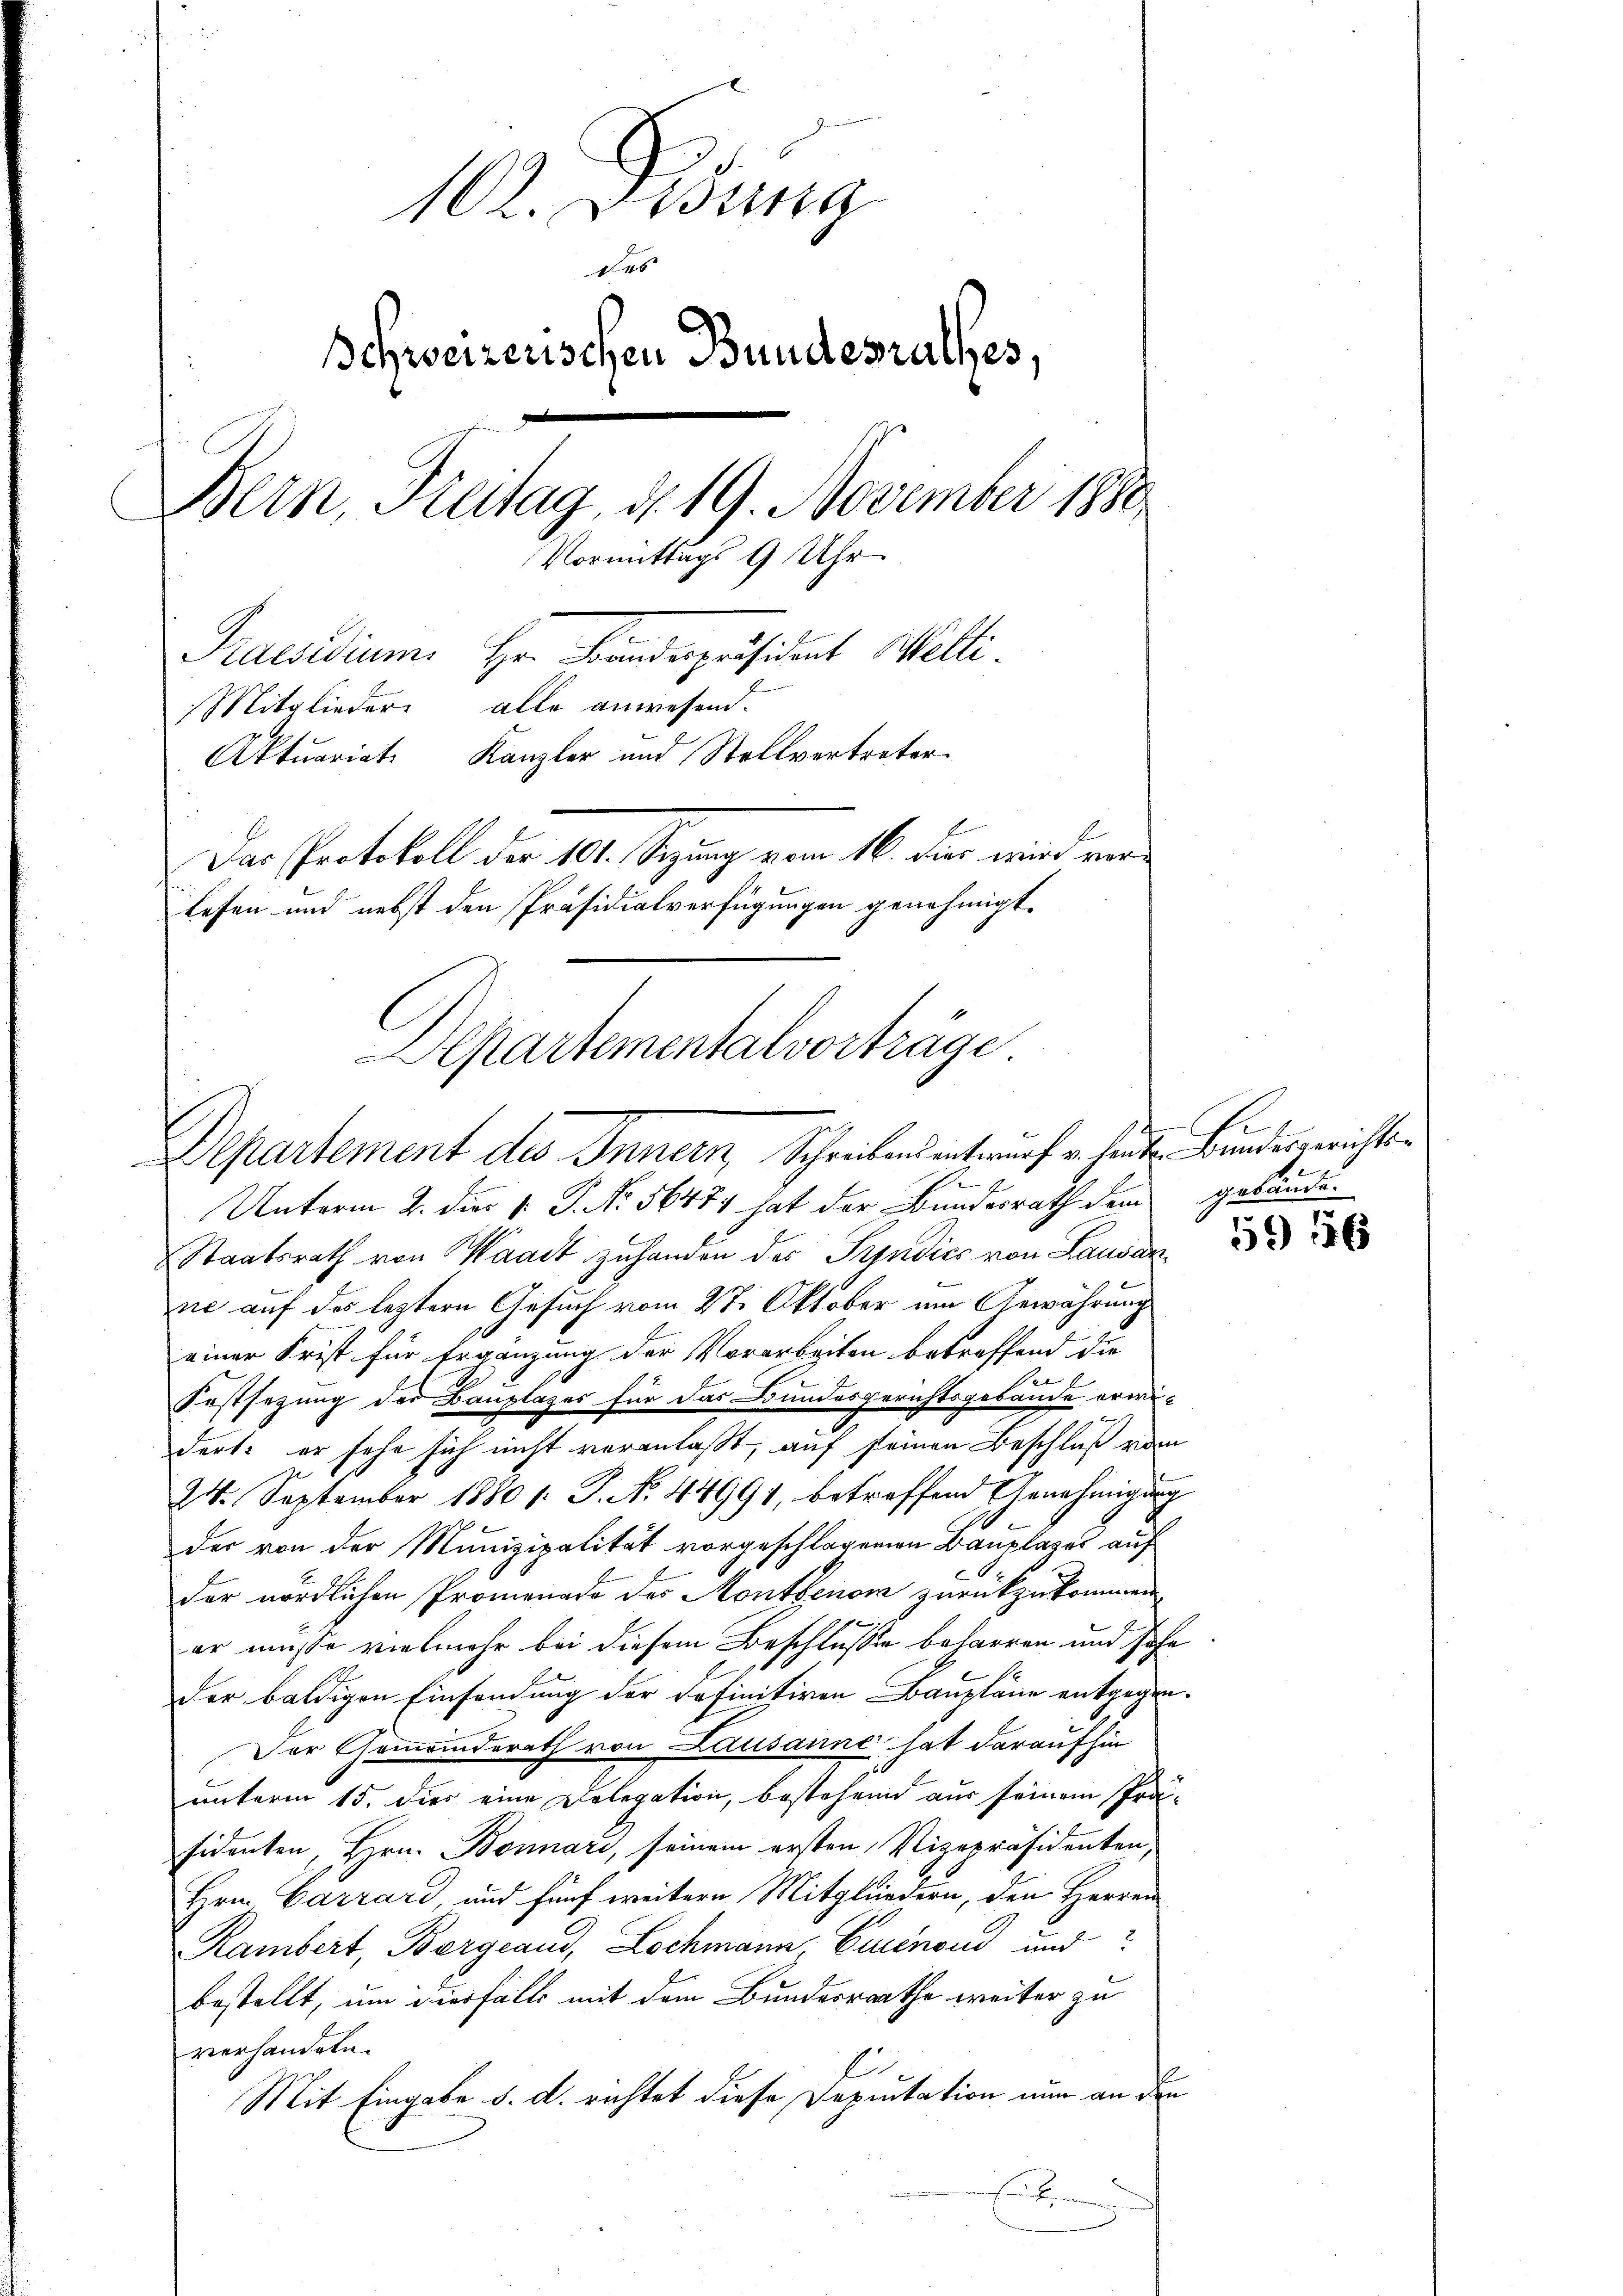
102. Lesung
des
Schweizerischen Bundesrathes,
Bern, Freitag d. 19. November 1880
Vormittags 9 Uhr
Praesidium Hr. Bandespräsident Welti.
Mitglieder alle anwesend.
Aktuariat Kanzler und Stellvertreter
Der Protokoll der 101. Segung vom 16. Fur wird ein
lesen und nebst den Präsidialverfügungen genehmigt.
Departementalvorträge

Departement des Innern, Schreibens entwurf v. heuten Bundesgerichts¬

Unterm 2. dies v. P. Nr. 56471 hat der Bundesrath dem gebände¬
Staatsrath von Waadt zuhanden des Prindics von Lausan
ne auf des leztern Gesuch vom 27. Oktober um Gewährung
einer Frist für Ergänzung der Vorarbeiten betreffend die

Festsezung der Bauplazes für das Bundesgerichtsgebäude erwi¬

dort er sehe sich nicht veranlaßt, auf seinen Beschluß vom
24. September 1880 /: P. N. 44991, betreffend Genehmigung
der von der Munizipalität vorgeschlagenen Bauplages auf
der nördlichen Promenade des Monthenor zurückzukommen
er müsse vielmehr bei diesem Beschlusse beharren und Jahr
der baldigen Einsendung der definitiven Baupläne entgegen.
Der Gemeinderath von Lausanne hat daraufhin
unterm 15. die eine Delegation, bestehend aus seinem Prä-
sidenten, Hrn. Bonnari, seinem ersten, Vizepräsidenten,
Hrn. Carrard, und fünf weitern Mitgliedern, den Herren
Rambert, Borgeaud, Lochmann, Eurenoud und
bestellt, um hierfalls mit dem Bundesrathe weiter zu
verhandeln.
Mit Eingabe d. d. richtet diese Deputation nun an den
E

5946